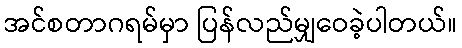
အင်စတာဂရမ်မှာ ပြန်လည်မျှဝေခဲ့ပါတယ်။